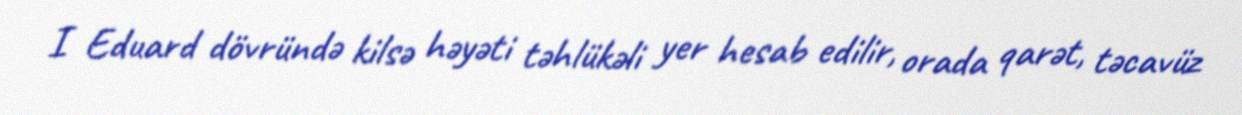
I Eduard dövründə kilsə həyəti təhlükəli yer hesab edilir, orada qarət, təcavüz